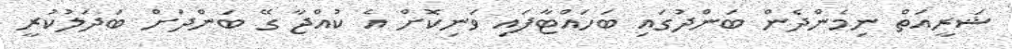
ޝަރީއަތް ނިމެންދެން ބަންދުގައި ބަހައްޓާފައި ވަނިކޮށް އެ ކުއްޖާ ގޭ ބަންދަށް ބަދަލުކުރީ